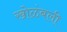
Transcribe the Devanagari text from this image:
खोळंबली